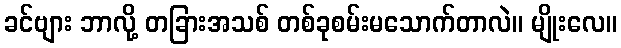
ခင်ဗျား ဘာလို့ တခြားအသစ် တစ်ခုစမ်းမသောက်တာလဲ။ မျိုးလေ။